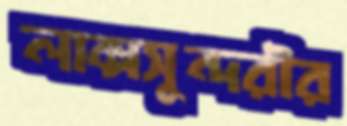
লাক্সসুন্দরীর